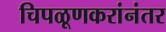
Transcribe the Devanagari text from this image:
चिपळूणकरांनंतर